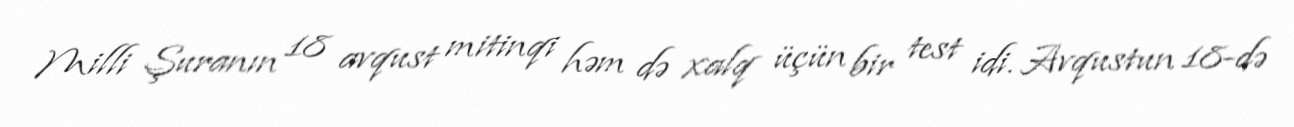
Milli Şuranın 18 avqust mitinqi həm də xalq üçün bir test idi. Avqustun 18-də